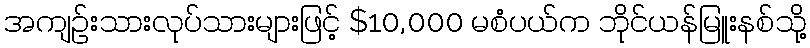
အကျဉ်းသားလုပ်သားများဖြင့် $10,000 မစံပယ်က ဘိုင်ယန်မြူးနစ်သို့